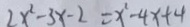
2 x ^ { 2 } - 3 x - 2 = x ^ { 2 } - 4 x + 4